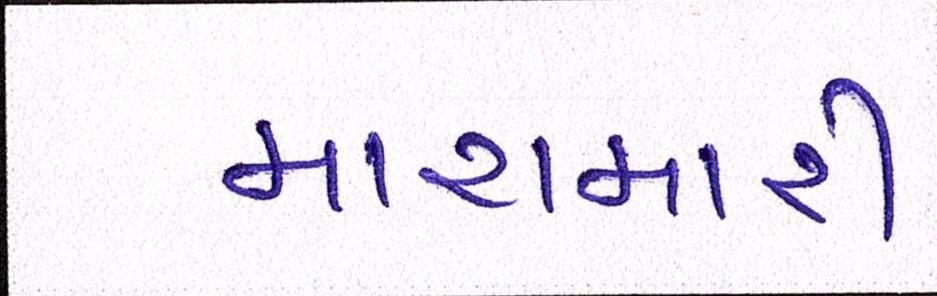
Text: મારામારી